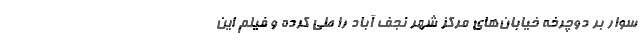
سوار بر دوچرخه خیابان‌های مرکز شهر نجف آباد را طی کرده و فیلم این